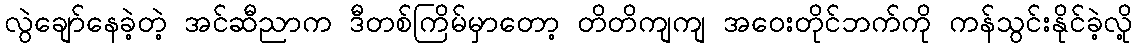
လွဲချော်နေခဲ့တဲ့ အင်ဆီညာက ဒီတစ်ကြိမ်မှာတော့ တိတိကျကျ အဝေးတိုင်ဘက်ကို ကန်သွင်းနိုင်ခဲ့လို့